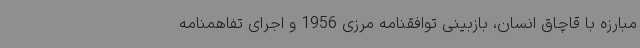
مبارزه با قاچاق انسان، بازبینی توافقنامه مرزی 1956 و اجرای تفاهمنامه